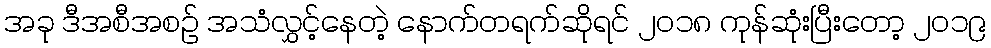
အခု ဒီအစီအစဉ် အသံလွှင့်နေတဲ့ နောက်တရက်ဆိုရင် ၂၀၁၈ ကုန်ဆုံးပြီးတော့ ၂၀၁၉